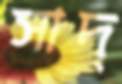
সাদ্